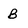
Character: B